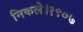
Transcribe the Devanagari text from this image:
निकले।१९०७